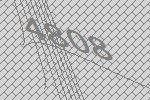
4808